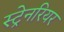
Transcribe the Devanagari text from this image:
स्ट्रेनरियर